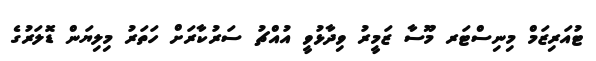
ޓުއަރިޒަމް މިނިސްޓަރ މޫސާ ޒަމީރު ވިދާޅުވީ އުއްޗު ސަރުކާރަށް ހަތަރު މިލިޔަން ޑޮލަރުގެ